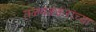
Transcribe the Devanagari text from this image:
तळवळकरांच्या